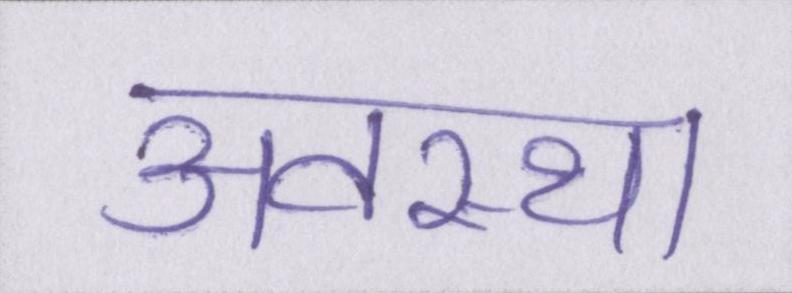
अवस्था